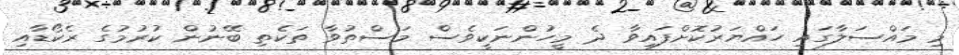
މި މައްސަލާގައި ހައްޔަރުކޮށްފައިވާ ދެ މީހުންނަކީވެސް މަސްތުވާ ތަކެތި ބޭނުން ކުރުމުގެ ރެކޯޑާއި